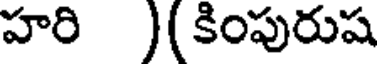
హరి )(కింపురుష